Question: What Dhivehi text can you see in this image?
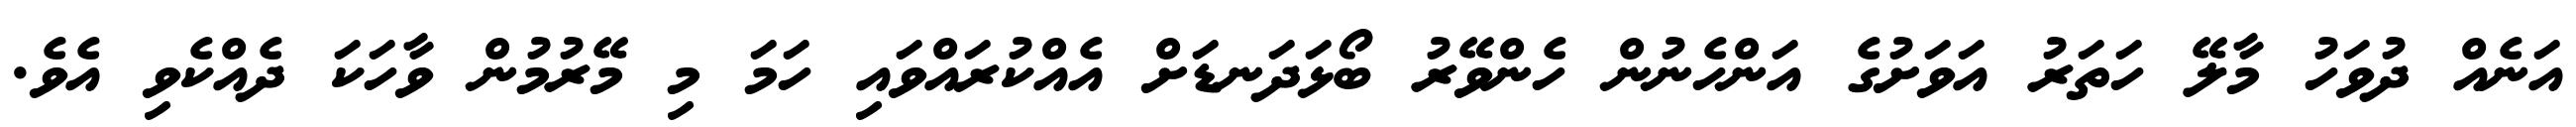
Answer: އަނެއް ދުވަހު މާލޭ ހަތަރު އަވަށުގެ އަންހެނުން ހެންވޭރު ބޯޅަދަނޑަށް އެއްކުރައްވައި ހަމަ މި މޭރުމުން ވާހަކަ ދެއްކެވި އެވެ.